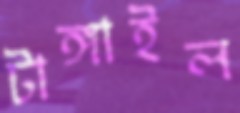
টাঙ্গাইল